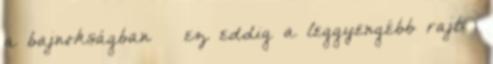
a bajnokságban – ez eddig a leggyengébb rajt: 1